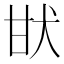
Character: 𤯂